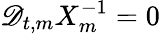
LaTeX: \mathscr{D}_{t,m}X_{m}^{-1}=0